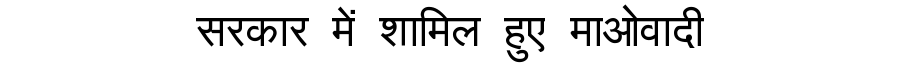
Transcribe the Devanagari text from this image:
सरकार में शामिल हुए माओवादी